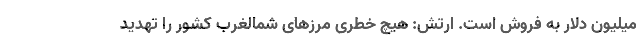
میلیون دلار به فروش است. ارتش: هیچ خطری مرزهای شمالغرب کشور را تهدید